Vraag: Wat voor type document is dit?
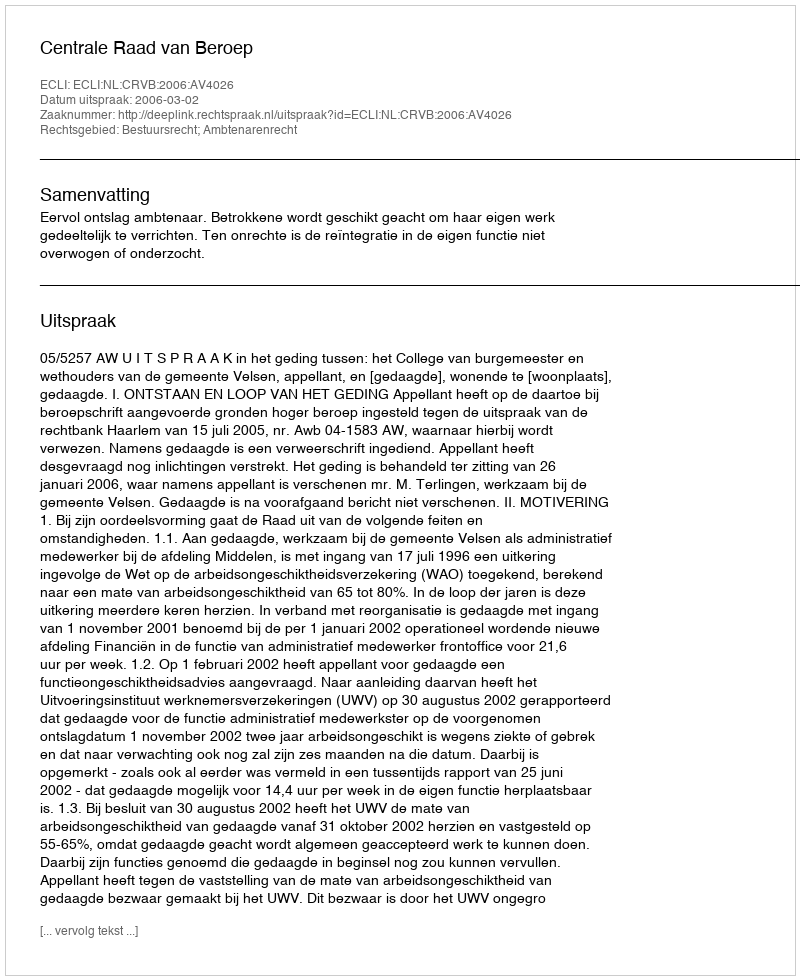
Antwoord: Uitspraak